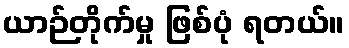
ယာဉ်တိုက်မှု ဖြစ်ပုံ ရတယ်။